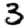
Digit: 3